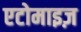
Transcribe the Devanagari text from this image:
एटोमाइज़